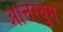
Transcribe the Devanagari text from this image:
आत्तरबुम